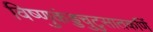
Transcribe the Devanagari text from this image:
विष्णुकंड्डचुटुसातकर्णि